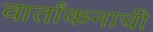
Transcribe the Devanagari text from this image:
वार्तांकनाची